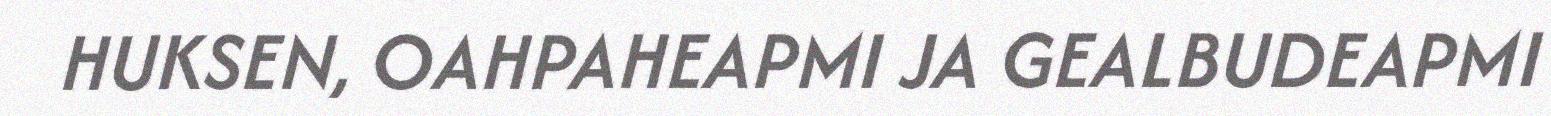
HUKSEN, OAHPAHEAPMI JA GEALBUDEAPMI